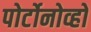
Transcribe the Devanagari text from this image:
पोर्टोनोव्हो